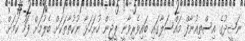
ނަޝީދުގެ އިސްތިއުނާފް މައްސަލާގައި ބައިވެރިވާނީ ޕީޖީން ހުށަހަޅާ ނުކުތާތަކަށް ބެލުމަށް ފަހު ކަމަށް